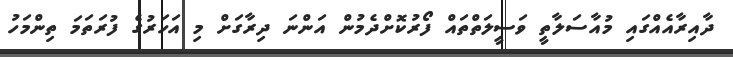
ދާއިރާއެއްގައި މުއާސަލާތީ ވަސީލަތްތައް ފޯރުކޮށްދެމުން އަންނަ ދިރާގަށް މި އަހަރުގެ ފުރަތަމަ ތިންމަހު